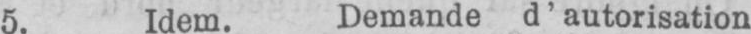
5. Idem. Demande d’ autorisation